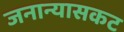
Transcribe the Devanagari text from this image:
जनान्यासकट